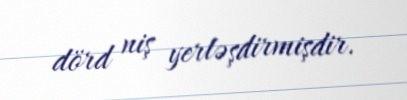
dörd niş yerləşdirmişdir.